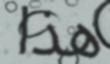
هذا